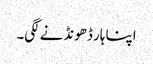
اپنا ہار ڈھونڈنے لگی۔